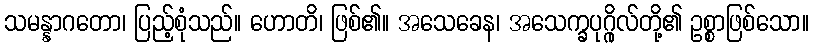
သမန္နာဂတော၊ ပြည့်စုံသည်။ ဟောတိ၊ ဖြစ်၏။ အသေခေန၊ အသေက္ခပုဂ္ဂိုလ်တို့၏ ဥစ္စာဖြစ်သော။